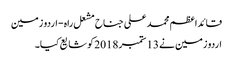
قائداعظم محمد علی جناح مشعل راہ - اردو زمین
اردو زمین نے 13 ستمبر 2018 کو شایع کیا۔